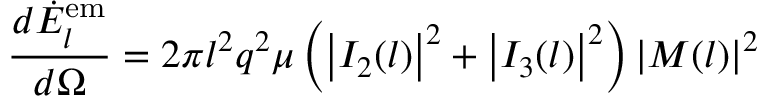
\frac { d \dot { E } _ { l } ^ { \mathrm { e m } } } { d \Omega } = 2 \pi l ^ { 2 } q ^ { 2 } \mu \left( \left| I _ { 2 } ( l ) \right| ^ { 2 } + \left| I _ { 3 } ( l ) \right| ^ { 2 } \right) \left| M ( l ) \right| ^ { 2 }